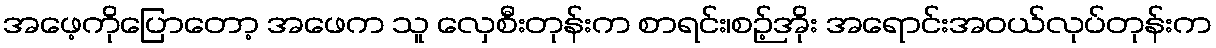
အဖေ့ကိုပြောတော့ အဖေက သူ လှေစီးတုန်းက စာရင်း၊စဉ့်အိုး အရောင်းအဝယ်လုပ်တုန်းက